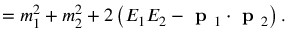
= m _ { 1 } ^ { 2 } + m _ { 2 } ^ { 2 } + 2 \left( E _ { 1 } E _ { 2 } - { \textbf { p } } _ { 1 } \cdot { \textbf { p } } _ { 2 } \right) .